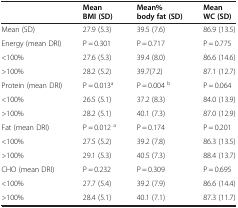
<table><thead><tr><td><b> </b></td><td><b>Mean BMI (SD)</b></td><td><b>Mean% body fat (SD)</b></td><td><b>Mean WC (SD)</b></td></tr></thead><tbody><tr><td>Mean (SD)</td><td>27.9 (5.3)</td><td>39.5 (7.6)</td><td>86.9 (13.5)</td></tr><tr><td>Energy (mean DRI)</td><td>P = 0.301</td><td>P = 0.717</td><td>P = 0.775</td></tr><tr><td>&lt;100%</td><td>27.6 (5.3)</td><td>39.4 (8.0)</td><td>86.6 (14.6)</td></tr><tr><td>&gt;100%</td><td>28.2 (5.2)</td><td>39.7(7.2)</td><td>87.1 (12.7)</td></tr><tr><td>Protein (mean DRI)</td><td>P = 0.013<sup>a</sup></td><td>P = 0.004 <sup>b</sup></td><td>P = 0.064</td></tr><tr><td>&lt;100%</td><td>26.5 (5.1)</td><td>37.2 (8.3)</td><td>84.0 (13.9)</td></tr><tr><td>&gt;100%</td><td>28.2 (5.1)</td><td>40.1 (7.3)</td><td>87.0 (12.9)</td></tr><tr><td>Fat (mean DRI)</td><td>P = 0.012 <sup>a</sup></td><td>P = 0.174</td><td>P = 0.201</td></tr><tr><td>&lt;100%</td><td>27.5 (5.2)</td><td>39.2 (7.8)</td><td>86.3 (13.5)</td></tr><tr><td>&gt;100%</td><td>29.1 (5.3)</td><td>40.5 (7.3)</td><td>88.4 (13.7)</td></tr><tr><td>CHO (mean DRI)</td><td>P = 0.232</td><td>P = 0.309</td><td>P = 0.695</td></tr><tr><td>&lt;100%</td><td>27.7 (5.4)</td><td>39.2 (7.9)</td><td>86.6 (14.4)</td></tr><tr><td>&gt;100%</td><td>28.4 (5.1)</td><td>40.1 (7.1)</td><td>87.3 (11.7)</td></tr></tbody></table>